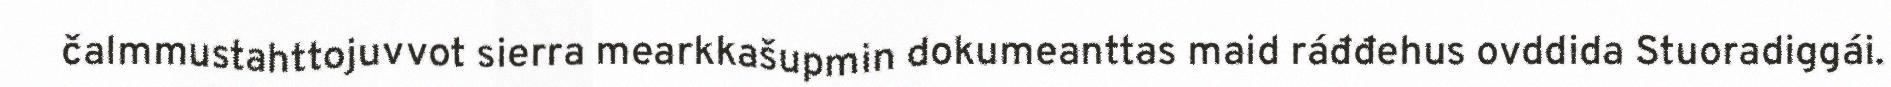
čalmmustahttojuvvot sierra mearkkašupmin dokumeanttas maid ráđđehus ovddida Stuoradiggái.